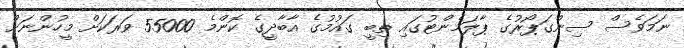
ނަމަވެސް ސިންގަޕޯރުގެ ޕާލަމެންޓުގައި ތިބީ ގައުމުގެ އާބާދީގެ ކޮންމެ 55000 ވަރަކަށް މީހުންނަށް